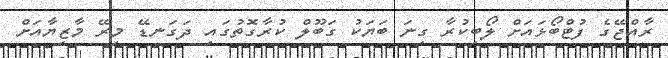
ރާއްޖޭގެ ފުޓްބޯޅައަށް ލޯބިކުރާ ގިނަ ބަޔަކު ގަބޫލް ކުރާގޮތުގައި ދަގަނޑޭ މިރޭ މާޒިޔާއަށް